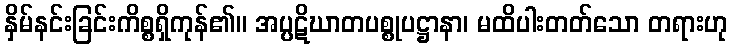
နှိမ်နင်းခြင်းကိစ္စရှိကုန်၏။ အပ္ပဋိဃာတပစ္စုပဋ္ဌာနာ၊ မထိပါးတတ်သော တရားဟု